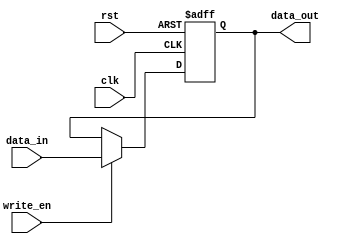
//=========================================================================
// Name & Email must be EXACTLY as in Gradescope roster!
// Name: 
// Email: 
// 
// Assignment name: 
// Lab section: 
// TA: 
// 
// I hereby certify that I have not received assistance on this assignment,
// or used code, from ANY outside source other than the instruction team
// (apart from what was provided in the starter file).
//
//=========================================================================

//=========================================================================
//
// DO NOT CHANGE ANYTHING BELOW THIS COMMENT. IT IS PROVIDED TO MAKE SURE 
// YOUR LAB IS SUCCESSFULL. 
//
//=========================================================================

`timescale 1ns / 1ps

module gen_register (clk, rst, write_en, data_in, data_out);

parameter WORD_SIZE = 32 ; 

input wire clk , rst, write_en ;
input wire [WORD_SIZE-1:0] data_in ; 
output reg [WORD_SIZE-1:0] data_out; 

always @(posedge rst or posedge clk )
begin 

	if (rst)  begin 
		data_out <= { WORD_SIZE {1'b0} };
	end 
	else if (clk) begin
	
		if ( write_en )  begin 
			data_out  <= data_in ; 
		end 		
	end 

end 

endmodule